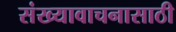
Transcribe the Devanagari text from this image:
संख्यावाचनासाठी